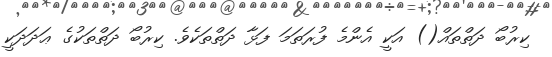
ކިރުބޯ ދަތްތައް() އަކީ އެންމެ ފުރަތަމަ ފަޅާ ދަތްތަކެވެ. ކިރުބޯ ދަތްތަކުގެ ޢަދަދަކީ